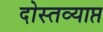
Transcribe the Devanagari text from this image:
दोस्तव्याप्त